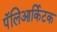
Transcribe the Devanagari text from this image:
पॅलिआर्किटक